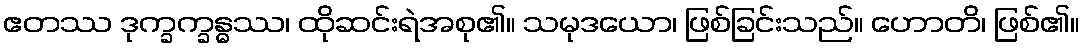
ဧတဿ ဒုက္ခက္ခန္ဓဿ၊ ထိုဆင်းရဲအစု၏။ သမုဒယော၊ ဖြစ်ခြင်းသည်။ ဟောတိ၊ ဖြစ်၏။